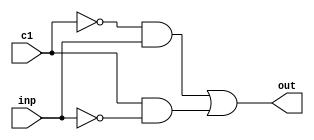

/*
member 1
name: Chintamani Masthanaiah
roll number :191cs115

member 2 
name : LSV sandeep margana
roll number :191cs226

MODULE NAME: EXE stage 
    contains
    1) ALU 64-bit
    2) ALU input mux (whether to select immediate or the register output)
    3) pc+immediate module 

*/
//EXE start
module mux(out,inp,c1);  //mux develop the a,invert of a with help of the control
output out;
input inp, c1;
wire n_inp;
not(n_inp,inp);
wire temp,temp1;
wire c1_not;
not(c1_not,c1);
and(temp,c1_not,inp);
and(temp1,c1,n_inp);
or(out,temp,temp1);
endmodule

/*
//the following module is not used here as we used mux 2:1 only for invertion of the input so it is embedded in the above module 
//this is implemented for the furthur use
module mux_2inp(out,inp,inp1,c); //mux take 2 inputs and give one output with help of one control input
output out;
input inp,inp1,c;
wire c_inv;
not(c_inv,c);
wire and1,and2;
and(and1,c_inv,inp);
and(and2,c,inp1);
or(out,and1,and2);
endmodule
*/
//mux 4:1  will take 4 inputs and 2-bit control generate single output
module mux_2(out,inp,inp1,inp2,inp3,c);
output out;
input  inp,inp1,inp2,inp3;
input  [1:0] c ;
assign out = (inp & ~c[0] & ~c[1]) | (inp3 & (c[0]) & (c[1]))|(inp2 & ~(c[0]) & (c[1])) | (inp1 & (c[0]) & ~(c[1])) ;
// following structural code can be replaced with above  assign statement to get the same desired output
//wire w1,w2; 
//not(w1,c[0]);
//not(w2,c[1]);
//wire choc,choc1,choc2,choc3;
//and(choc,w1,w2);
//and(choc1,c[0],w2);
//and(choc2,w1,c[1]);
//and(choc3,c[0],c[1]);
//wire out1,out2,out3,out4;
//and(out1,choc,inp);
//and(out2,choc1,inp1);
//and(out3,choc2,inp2);
//and(out4,choc3,inp3);
//wire dis,dis2;
//or(dis,out1,out2);
//or(dis1,out3,out4);
//or(out,dis1,dis);
endmodule


//full adder take 3 inputs two operands and carry_in generating carry_out and sum value
module adder_full(cout,sum,a,b,cin); //full addder 
input a,b,cin;
output cout,sum;
wire w1;
xor(w1,a,b);
xor(sum,w1,cin);
//assign cout = a&b|a&cin|cin&b;
wire o1,o2;
and(o1,a,b);
and(o2,w1,cin);
or(cout,o1,o2);
endmodule


//main module of alu take the a ,b ,
//4-bit having ain for a_invert mux al, bin for b_invert mux b1, and 2 -bit mux control for m2
//carry_in,left
//giving carry_out,result 

module alu_d(result,a,b,ain,bin,cin,c,cout,left); //1-bit alu 
input a,b,ain,bin,left,cin;
input [1:0] c;
output result,cout;
wire w1,w2,w3;
mux a1(w1,a,ain);
mux b1(w2,b,bin);
wire o,ad;
and(ad,w1,w2);
or(o,w1,w2);
adder_full q(cout,w3,a,w2,cin);
mux_2 m2(result,ad,o,w3,left,c);
endmodule


//check the overflow by takig the inputs a,b,carry_out,result and give flag value
// we use a,b,result to generate carry in through odd function implemented with help of xor gates

module overflow1(a,b,r,cout,flag); //overflow control
input a,b,r,cout;
output flag;
xor(a1,a,b);
wire cin;
xor(cin,a1,r);
//assign flag=(cin!=cout)?1:0;
xor(flag,cin,cout);
endmodule


//making an 64-bit alu by combinig them all
//inputs :64-bit a(input),b(input)

module bit_64(a,b,ALUop,result,overflow,zero);
input [63:0] a,b;
output [63:0] result;
output overflow,zero;
input [3:0] ALUop;

wire [63:0]carry_out;

//wire [62:0] con;
//assign con=carry_out[62:0];
wire set;
alu_d alus[63:0](result,a,b,ALUop[3],ALUop[2],{carry_out[62:0],ALUop[2]},{ALUop[1:0]},carry_out[63:0],{63'b0,set}); //64-bit contigous alu alllocation of single bit alu
wire a1,b1;
mux m1(a1,a[63],ALUop[3]);
mux m2(b1,b[63],ALUop[2]);
overflow1 of(a1,b1,carry_out[62],carry_out[63],overflow);
xor(set,overflow,result[63]);
assign zero=(result)?0:1; //used a behavioural code instead of 64-bit nor gate 
endmodule




module mux_2input(out,out1,out2,ALUSrc); //mux take 2 inputs and give one output with help of one control input
output [63:0] out;
input [63:0] out1,out2;
input ALUSrc;
assign out=(ALUSrc)?out2:out1;
endmodule

module branch_pc(imm,pc,branched_pc);
input [63:0] imm,pc;
output [63:0] branched_pc;
wire [63:0] left;
assign left = imm<<1;
assign branched_pc = left+pc;
endmodule

module EX(a,b,operation,overflow,zero,result,mux,imm,pc,branched_pc); // execution block alu + mux to select the input for immediate or output register
input [63:0] a,b,imm,pc;
output [63:0] result,branched_pc;
output overflow,zero;
wire [63:0] r;
input [3:0] operation;
input mux;
bit_64 alu(a,r,operation,result,overflow,zero);
mux_2input m(r,b,imm,mux);
branch_pc bran_pc(imm,pc,branched_pc);

endmodule






//EXE ends